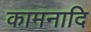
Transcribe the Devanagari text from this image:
कामनादि